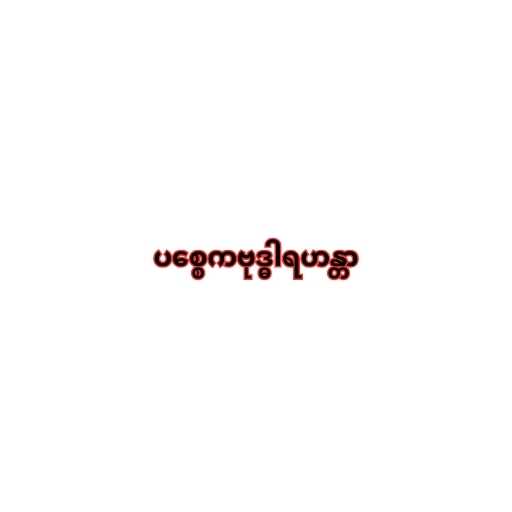
ပစ္စေကဗုဒ္ဓါရဟန္တာ